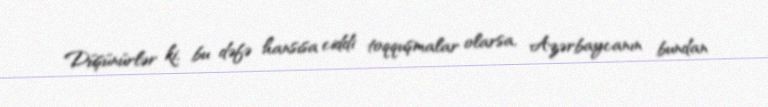
Düşünürlər ki, bu dəfə hansısa ciddi toqquşmalar olarsa, Azərbaycanın bundan